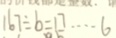
1 6 7 \div b = \square \cdots 6